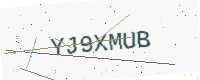
Text: YJ9XMUB